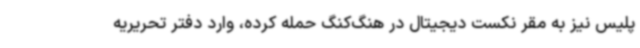
پلیس نیز به مقر نکست دیجیتال در هنگ‌کنگ حمله کرده، وارد دفتر تحریریه